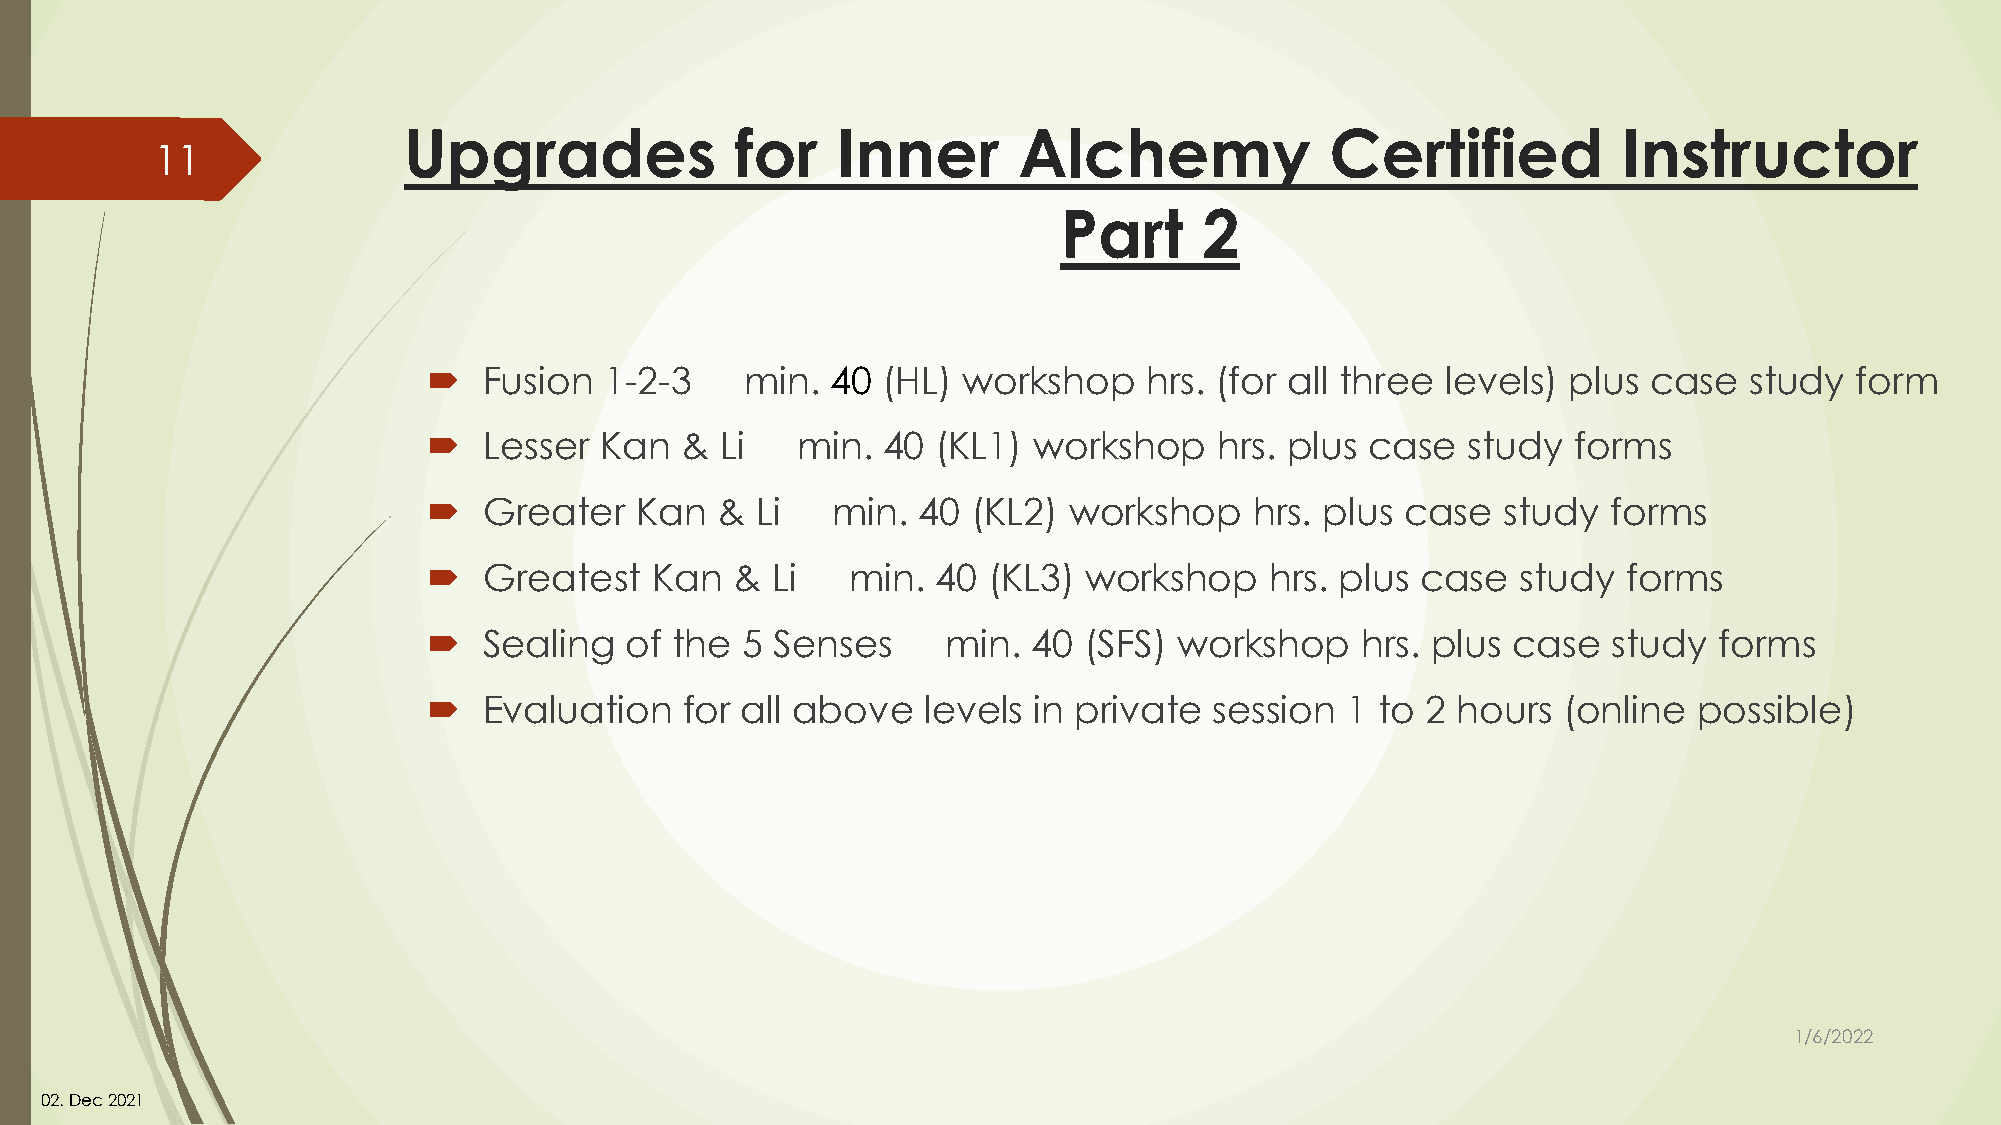
Upgrades              for   Inner       Alchemy              Certified          Instructor
 11
 Part      2
    Fusion  1-2-3    min.  40 (HL)  workshop    hrs. (for all three levels) plus case   study  form
    Lesser  Kan  &  Li   min. 40  (KL1) workshop     hrs. plus case  study  forms
    Greater   Kan  &  Li   min.  40 (KL2)  workshop    hrs. plus case   study  forms
    Greatest   Kan   & Li   min.  40 (KL3)  workshop    hrs. plus case   study  forms
    Sealing  of the  5 Senses      min. 40  (SFS) workshop    hrs. plus case   study  forms
    Evaluation   for all above   levels in private  session  1 to 2 hours  (online  possible)
 1/6/2022
 02. Dec2021